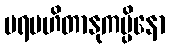
ပရမဟိတာနုကမ္ပိနော